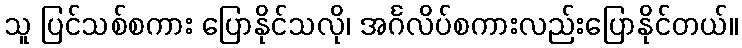
သူ ပြင်သစ်စကား ပြောနိုင်သလို၊ အင်္ဂလိပ်စကားလည်းပြောနိုင်တယ်။